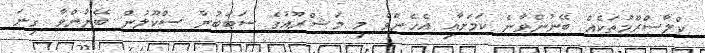
ކްލާސްރޫމުތަކެއް ބޭނުންވާނެ ކަމަށާއި އެހެންވެ މި މަޝްރޫއުގެ ސަބަބުން ސްކޫލުން ބޭނުންވާ ގިނަ